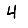
Digit: 4